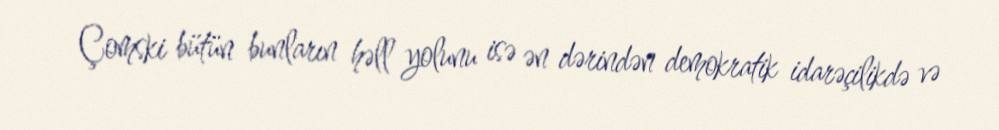
Çomski bütün bunların həll yolunu isə ən dərindən demokratik idarəçilikdə və